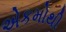
એકમોથી